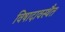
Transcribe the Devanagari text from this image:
विषादावस्थैत